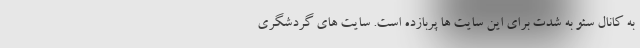
به کانال سئو به شدت برای این سایت ها پربازده است. سایت های گردشگری